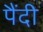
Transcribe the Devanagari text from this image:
पैंदी